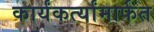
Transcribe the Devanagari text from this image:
कार्यंकर्त्यांमार्फत